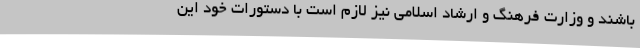
باشند و وزارت فرهنگ و ارشاد اسلامی نیز لازم است با دستورات خود این